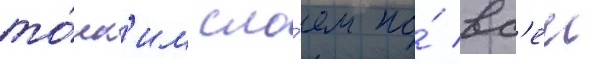
то́нк'им сло́ем по́ вс'еи